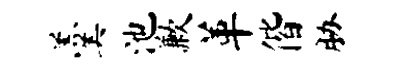
羹池歉革偕胁